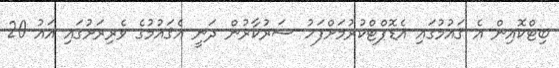
ބިޓްކޮއިން އެ ޤައުމުގައި އެޑޮޕްޓްކުރުމަށްފަހު ސަރުކާރުން ދަނީ އެޤައުމުގެ ވެރިރަށުގައި އައު 20